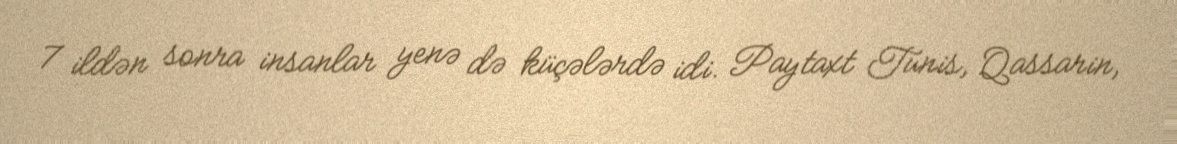
7 ildən sonra insanlar yenə də küçələrdə idi. Paytaxt Tunis, Qassarin,